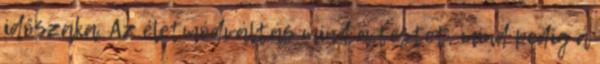
időszaka. Az életmódváltás mind a testet, mind pedig a